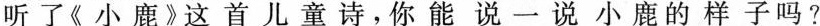
听了《小鹿》这首儿童诗，你能说一说小鹿的样子吗？